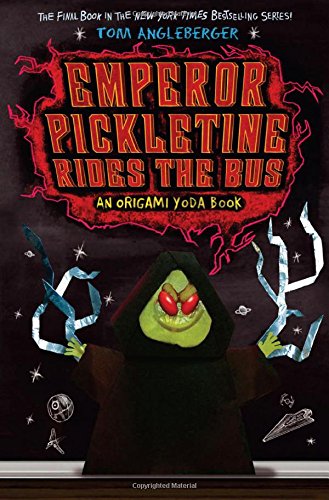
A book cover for Emperor Pickletine Rides the Bus (Origami Yoda); Tom Angleberger; Crafts, Hobbies & Home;